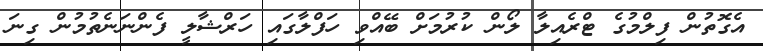
އެގޮތުން ފިލްމުގެ ޓްރެއިލާ ލޯން ކުރުމަށް ބޭއްވި ހަފްލާގައި ހަރްޝާލީ ފެންނަނެތުމުން ގިނަ